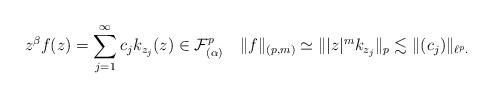
LaTeX: \begin{align*} z^\beta f(z)= \sum_{j=1}^\infty c_j k_{z_j}(z) \in \mathcal{F}_{(\alpha)}^p\ \ \ \|f\|_{(p,m)} \simeq \||z|^m k_{z_j}\|_{p} \lesssim \|(c_j)\|_{\ell^p.}\end{align*}